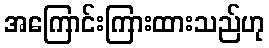
အကြောင်းကြားထားသည်ဟု